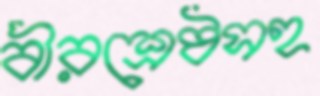
বীরশ্রেষ্ঠসহ